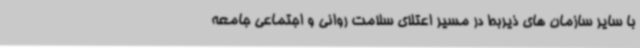
با سایر سازمان های ذیربط در مسیر اعتلای سلامت روانی و اجتماعی جامعه